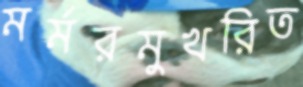
মর্মরমুখরিত